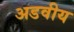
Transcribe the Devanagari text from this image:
अडवीय